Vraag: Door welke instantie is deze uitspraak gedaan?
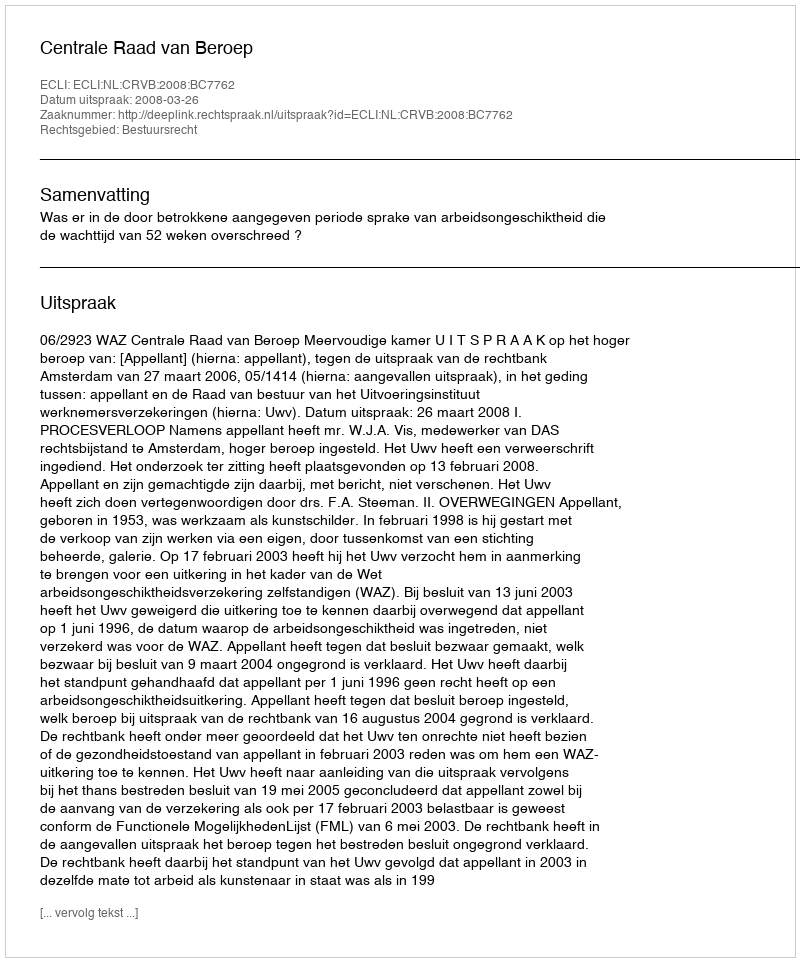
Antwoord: Centrale Raad van Beroep